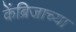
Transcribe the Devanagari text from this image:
केंब्रिजाच्या